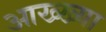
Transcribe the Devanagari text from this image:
आख्‍ख्या